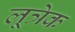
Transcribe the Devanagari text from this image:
लूत्रेक